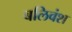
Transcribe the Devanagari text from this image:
बलिवंश